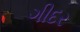
ગીદર